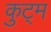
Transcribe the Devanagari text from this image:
कुट्म